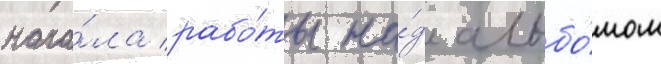
нача́ла рабо́ты на́д альбо́мом